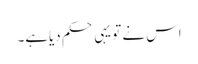
اس نے تو یہی حکم دیاہے۔